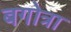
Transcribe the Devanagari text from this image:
बगोत्रा